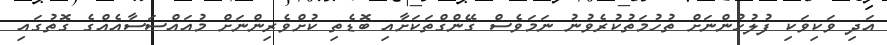
އަދި ވަކިވަކި ފުލުހުންނަށް ތުހުމަތުކުރެވުނު ނަމަވެސް ގޭންގްތަކަށާއި ބޮޑެތި ކުށްވެރިންނަށް މުއައްސަސާއެއްގެ ގޮތުގައި